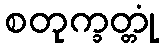
စတုက္ခတ္တုံ